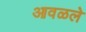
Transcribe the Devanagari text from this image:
आवळले